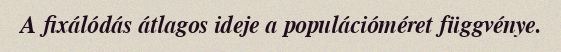
A fixálódás átlagos ideje a populációméret függvénye.